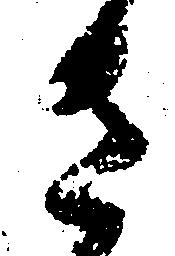
さ